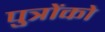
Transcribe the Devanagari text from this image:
पुत्राेंकाे